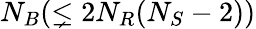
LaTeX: N_{B}(\lneq 2N_{R}(N_{S}-2))